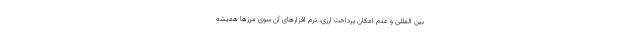
بین المللی و عدم امکان پرداخت ارزی، نرم افزارهای آن سوی مرزها همیشه